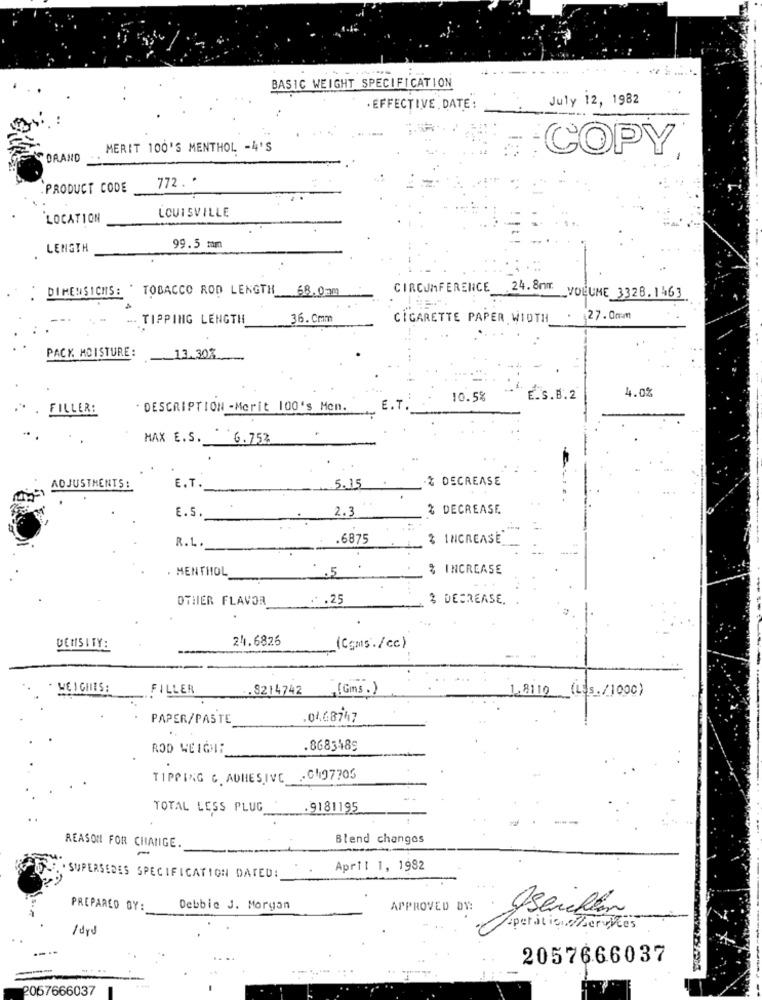
BASIC WEIGHT SPECIFICATION
July 12, 1982
· EFFECTIVE DATE :
MERIT 100'S MENTHOL -4'S
COPY
DAAND
772 . *
. PRODUCT CODE
LOCATION
LOUISVILLE
LENGTH
99.5 mm
DIMENSICHS: ' TOBACCO ROD LENGTH 68.0mm
CIRCUMFERENCE 24.80m VOLUME 3328.1463
- TIPPING LENGTH
36. Cmm
CIGARETTE PAPER WIDTH
27.0mm
PACK. MOISTURE :
13.30%
4.0%
10.5%
E.S.B. 2
FILLERE
DESCRIPTION -Merit 100's Men.
E.T.
MAX E.S. 6.75%
% DECREASE
ADJUSTMENTS:
E.T
.5.15
E.S.
2.3
% DECREASE
.6875
% INCREASE
R.L.
. MENTHOL
.5
% INCREASE
OTHER FLAVOR
. . 25
3 DECREASE.
24.6826
DENSITY:
(Cgms./cc)
WEICHES:
FILLER
8214742 (Gms.)
1.8110 (155./1000)
PAPER/PASTE
.04.68747
ROD WEIGHT:
.8683489
TIPPING C. ADHESIVE -CM97705
TOTAL LESS PLUG
.9181195
Blend changes
REASON FOR CHANGE.
April 1, 1982
SUPERSEDES SPECIFICATION DATED:
PREPARED BY:
Debbie J. Morgan
APPROVED DY:
Aperation/Services
2057666037
2057666037